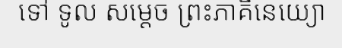
ទៅ ទូល សម្តេច ព្រះភាគិនេយ្យោ